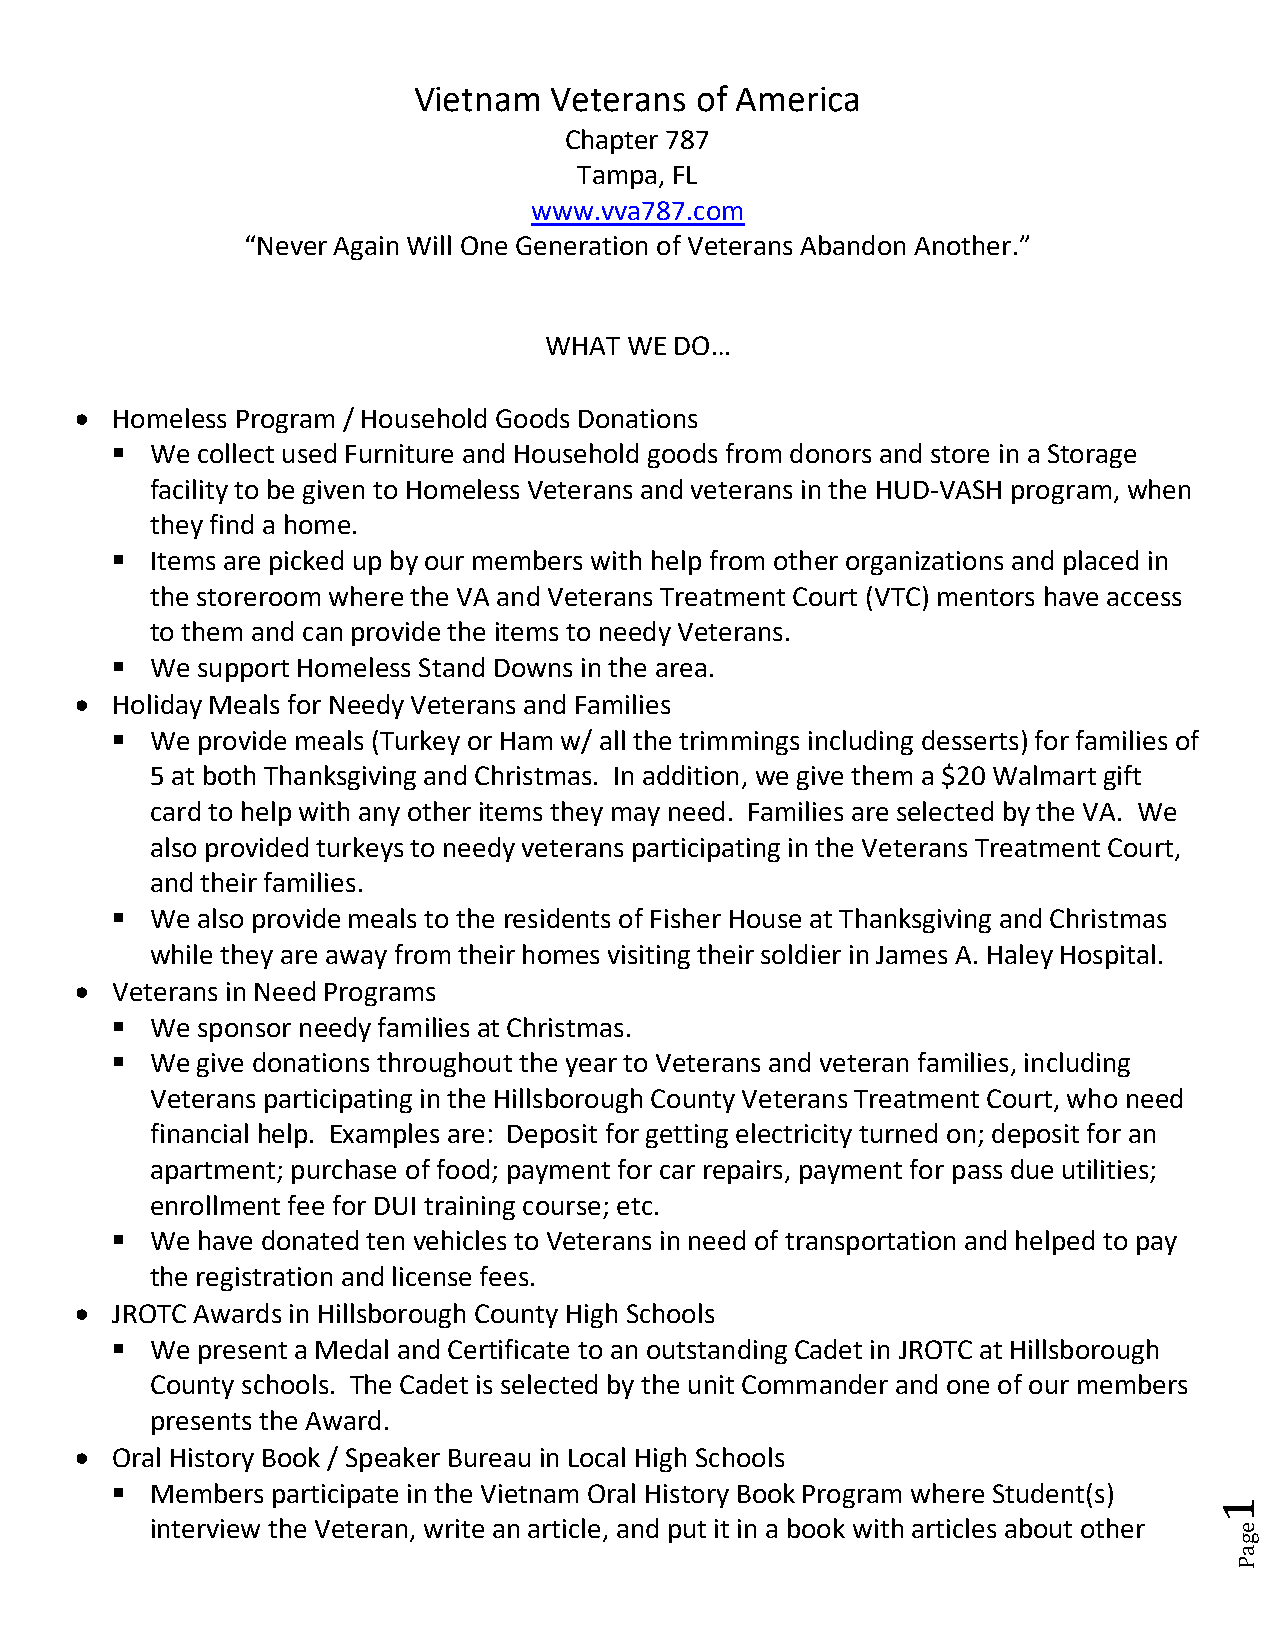
Vietnam  Veterans  of America
 Chapter 787
 Tampa, FL
 www.vva787.com
 “Never Again Will One Generation of Veterans Abandon Another.”
 WHAT WE  DO…
  Homeless Program / Household Goods Donations
   We collect used Furniture and Household goods from donors and store in a Storage
 facility to be given to Homeless Veterans and veterans in the HUD-VASH program, when
 they find a home.
   Items are picked up by our members with help from other organizations and placed in
 the storeroom where the VA and Veterans Treatment Court (VTC) mentors have access
 to them and can provide the items to needy Veterans.
   We support Homeless Stand Downs in the area.
  Holiday Meals for Needy Veterans and Families
   We provide meals (Turkey or Ham w/ all the trimmings including desserts) for families of
 5 at both Thanksgiving and Christmas. In addition, we give them a $20 Walmart gift
 card to help with any other items they may need. Families are selected by the VA. We
 also provided turkeys to needy veterans participating in the Veterans Treatment Court,
 and their families.
   We also provide meals to the residents of Fisher House at Thanksgiving and Christmas
 while they are away from their homes visiting their soldier in James A. Haley Hospital.
  Veterans in Need Programs
   We sponsor needy families at Christmas.
   We give donations throughout the year to Veterans and veteran families, including
 Veterans participating in the Hillsborough County Veterans Treatment Court, who need
 financial help. Examples are: Deposit for getting electricity turned on; deposit for an
 apartment; purchase of food; payment for car repairs, payment for pass due utilities;
 enrollment fee for DUI training course; etc.
   We have donated ten vehicles to Veterans in need of transportation and helped to pay
 the registration and license fees.
  JROTC Awards in Hillsborough County High Schools
   We present a Medal and Certificate to an outstanding Cadet in JROTC at Hillsborough
 County schools. The Cadet is selected by the unit Commander and one of our members
 presents the Award.
  Oral History Book / Speaker Bureau in Local High Schools
   Members participate in the Vietnam Oral History Book Program where Student(s)
 1
 interview the Veteran, write an article, and put it in a book with articles about other e
 g
 a
 P